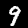
Label: 9